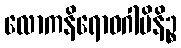
လောကနိရောဓဂါမိနိဉ္စ